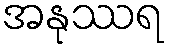
အနုဿရ